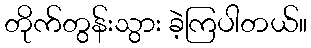
တိုက်တွန်းသွား ခဲ့ကြပါတယ်။